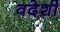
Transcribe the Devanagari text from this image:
वदेशी